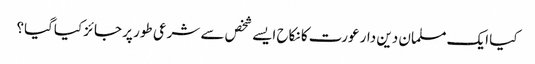
کیا ایک مسلمان دین دار عورت کا نکاح ایسے شخص سے شرعی طور پر جائز کیاگیا؟